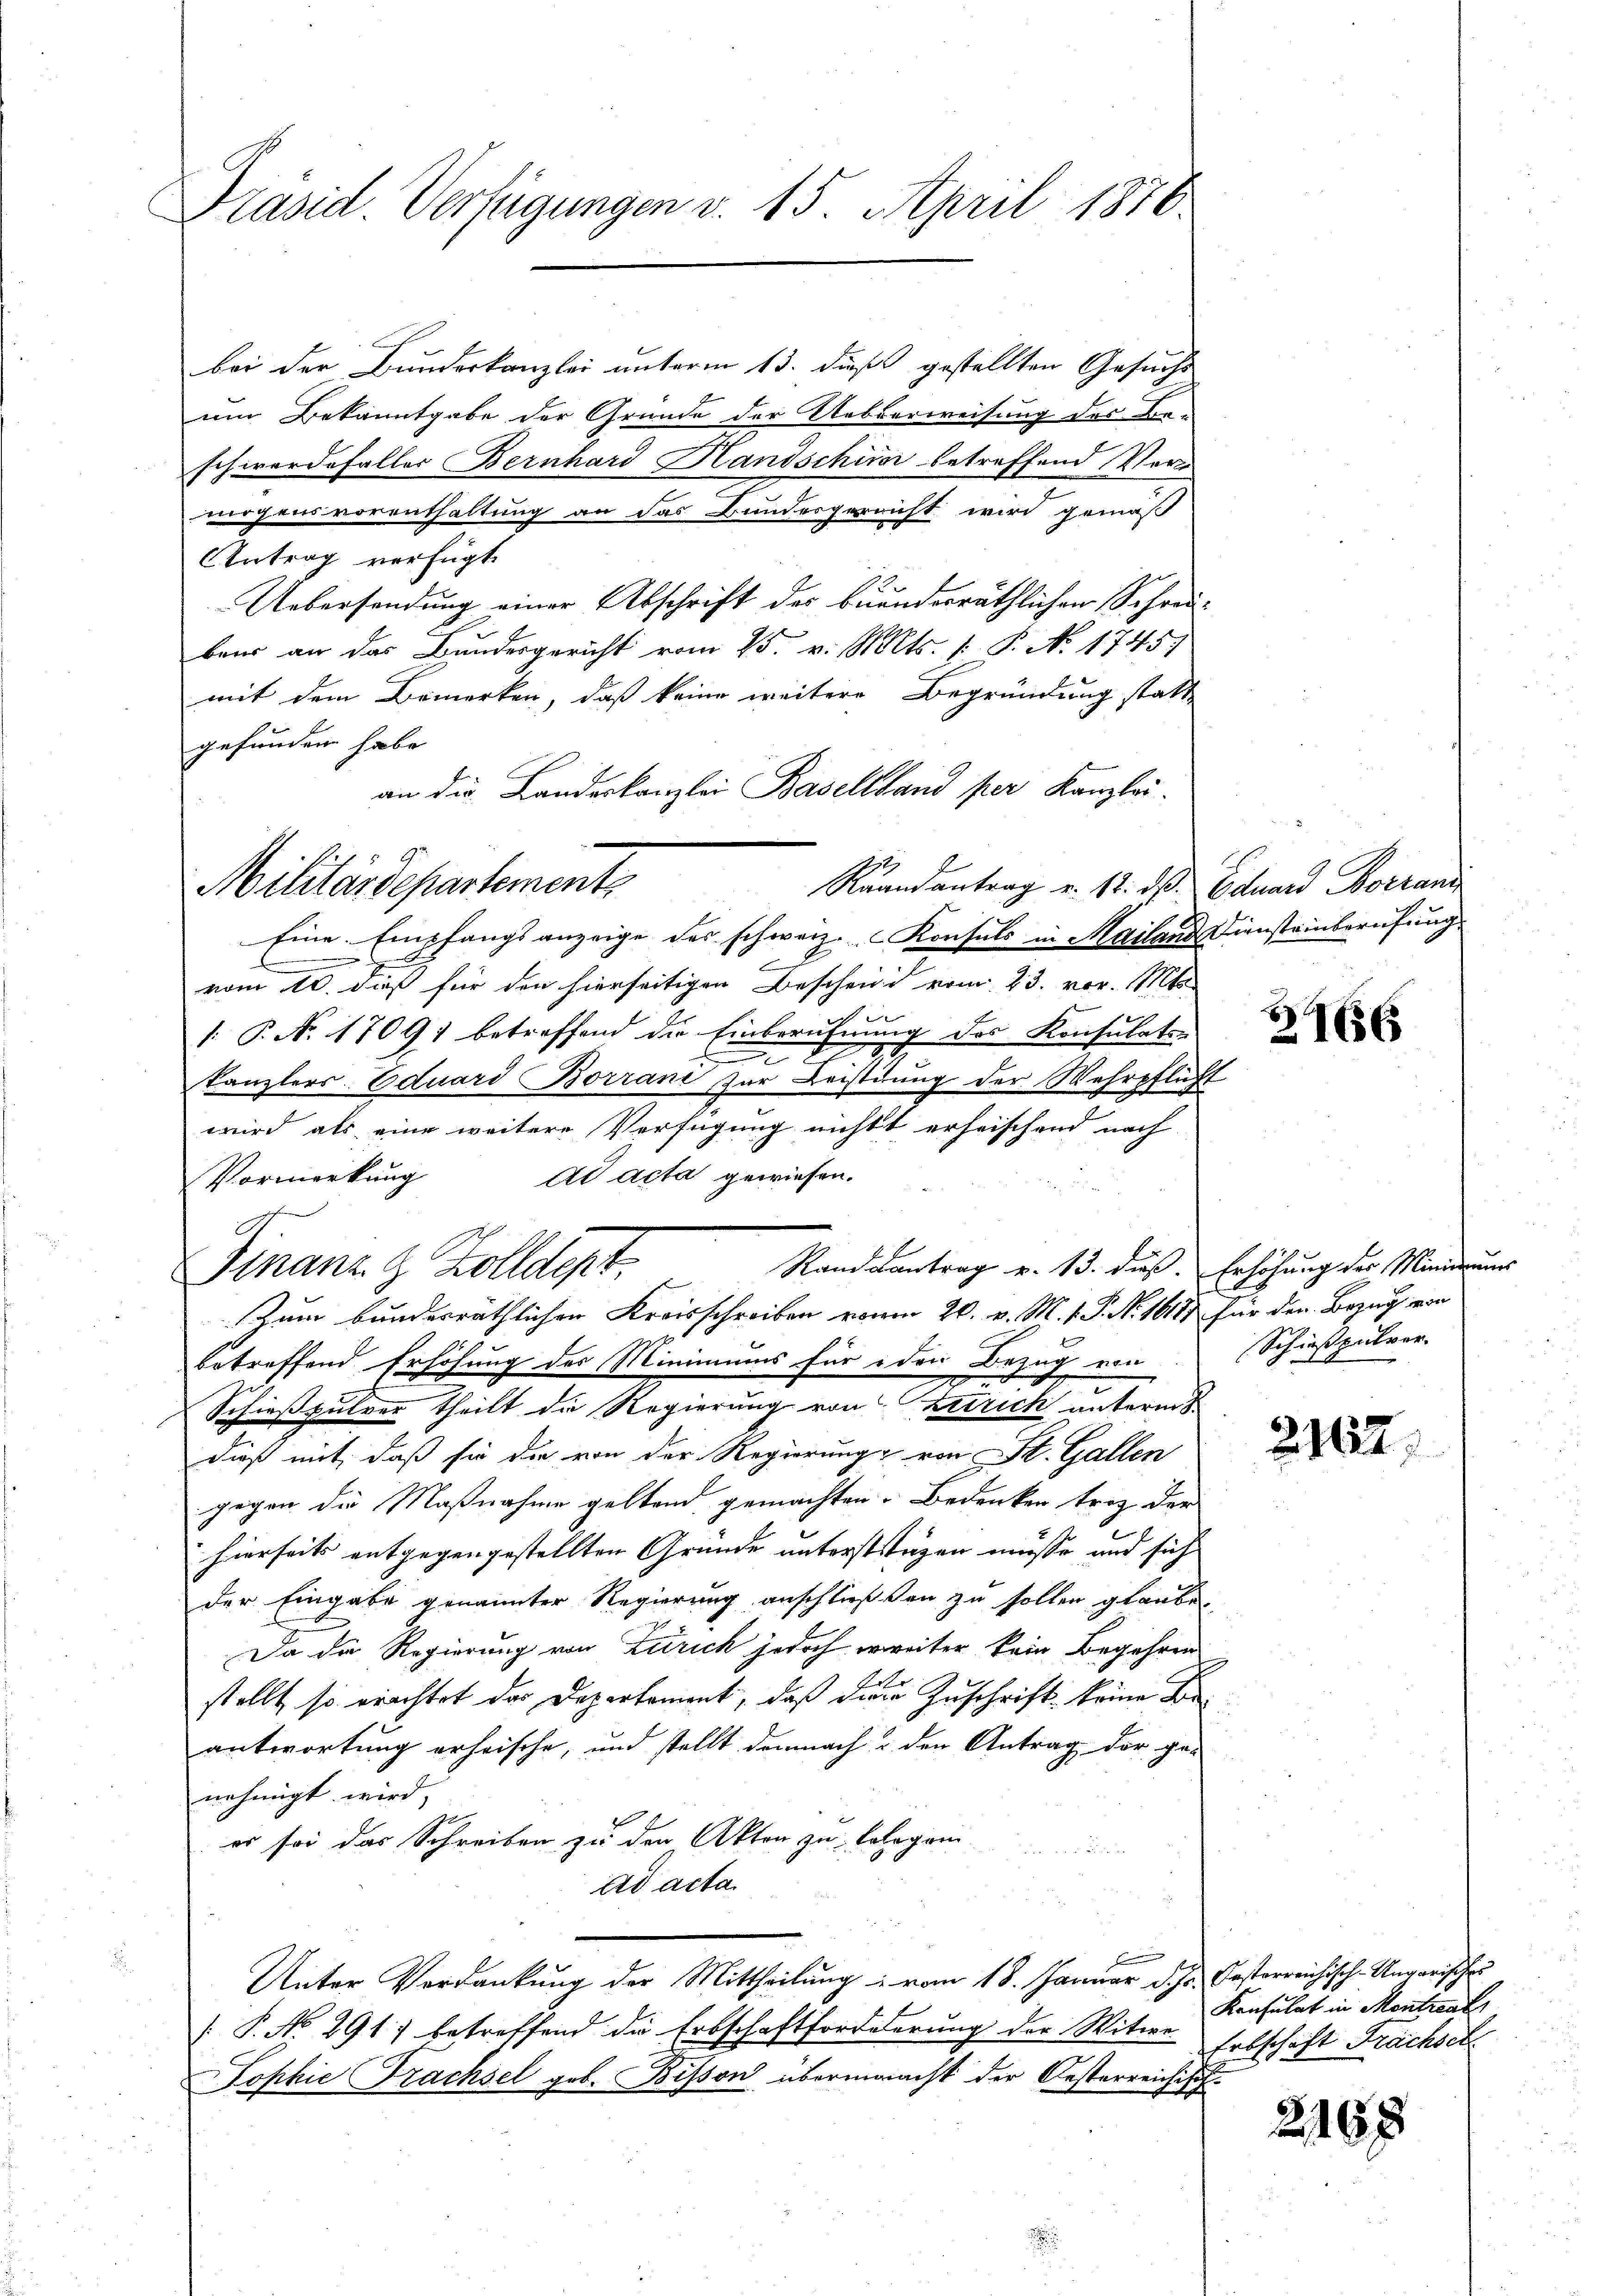
Präsid. Verfügungen v. 15. April 1870

bei der Bundeskanzlei unterm 13. daß gestellten Gesuchs
um Bekanntgabe der Grunde der Ueberweisung der Beschwerde faller Bernhard Hansschirer betreffend Vormögensvorenthaltung an das Bundesgericht wird gemäß
Antrag verfügt
Uebersendung einer Abschrift der bundesräthlichen Schreiben an das Bundesgericht vom 25. v. Mts. 1. P. No 1745)
mit dem Bemerken, daß keine weitere Begründung statt
gefunden habe.
an die Landeskanzlei Baselland per Kanzlei-
Raandantrag v. 17. ds. Eduard Borrand
Eine Empfangsanzeige des schweiz. Konsuls in Mailand Diensteinberufung
.
vom 10. daß für den hierseitigen Bescheine vom 23. vor. Mts.
e
2
1: P. No. 17091 betreffend die Einberufnung des Konsulaten
e
kanzlers. Eduard Borrand zur Leistung der Wehrpflicht
wird als eine weitere Verfügung nichtt erheischend nach
ad acta gewiesen.
Vormerkung
Zum bunderräthlichen Kreisschreiben vonm 20. v. M. v. P. N. 1687 für den Bezug von
betreffend Erhöhung des Minimums für den Bezug von
2
Schießpulver theilt die Regierung von Zürich unterm
dieß mit, daß sie die von der Regierung von St. Gallen
gegen die Maßnahme geltend gemachten Bedenken trotz der
hierseits entgegengestellten Gründe unterstenzen müsse und sich
der Eingabe genannter Regierung anschließen zu sollen glauben
Da die Regierung von Zürich jedoch erweiter kein Begehren
stellt, so erachtet das Departement, daß die Zuschrift keine Beantwortung erheische, und stellt demnach & den Antrag der ge-
nehmigt wird,
er sei das Schreiben zu den Akten zu kologrin
ad acta
Unter Verdankung der Mittheilung vom 18. Januar d. Js. Casterreichisch-Ungarischei
P. No. 291) betreffend die Erbschaftforderung der Witwe
Tophie Trachsel geb. Bisson übermanacht der Oesterreichisch-

Militärdepartements

Finanz- & Zolldept. Standeantrag v. 13. daß Erhöhung der Minderung

21656

Schießpulver.

2167

Konsulat in Mentreat
Erbschaft Prächsel

2168